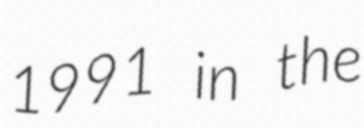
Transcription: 1991 in the